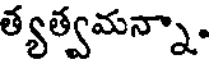
త్యత్వమన్నా.